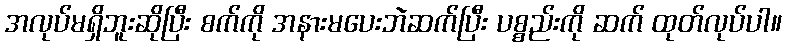
အလုပ်မရှိဘူးဆိုပြီး စက်ကို အနားမပေးဘဲဆက်ပြီး ပစ္စည်းကို ဆက် ထုတ်လုပ်ပါ။